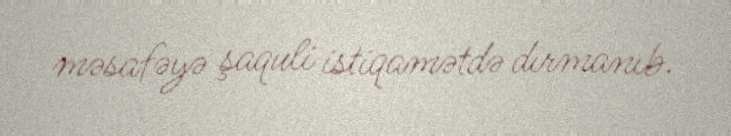
məsafəyə şaquli istiqamətdə dırmanıb.